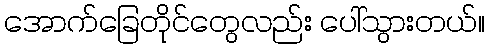
အောက်ခြေတိုင်တွေလည်း ပေါ်သွားတယ်။